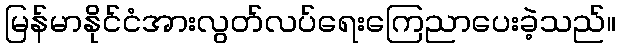
မြန်မာနိုင်ငံအားလွတ်လပ်ရေးကြေညာပေးခဲ့သည်။